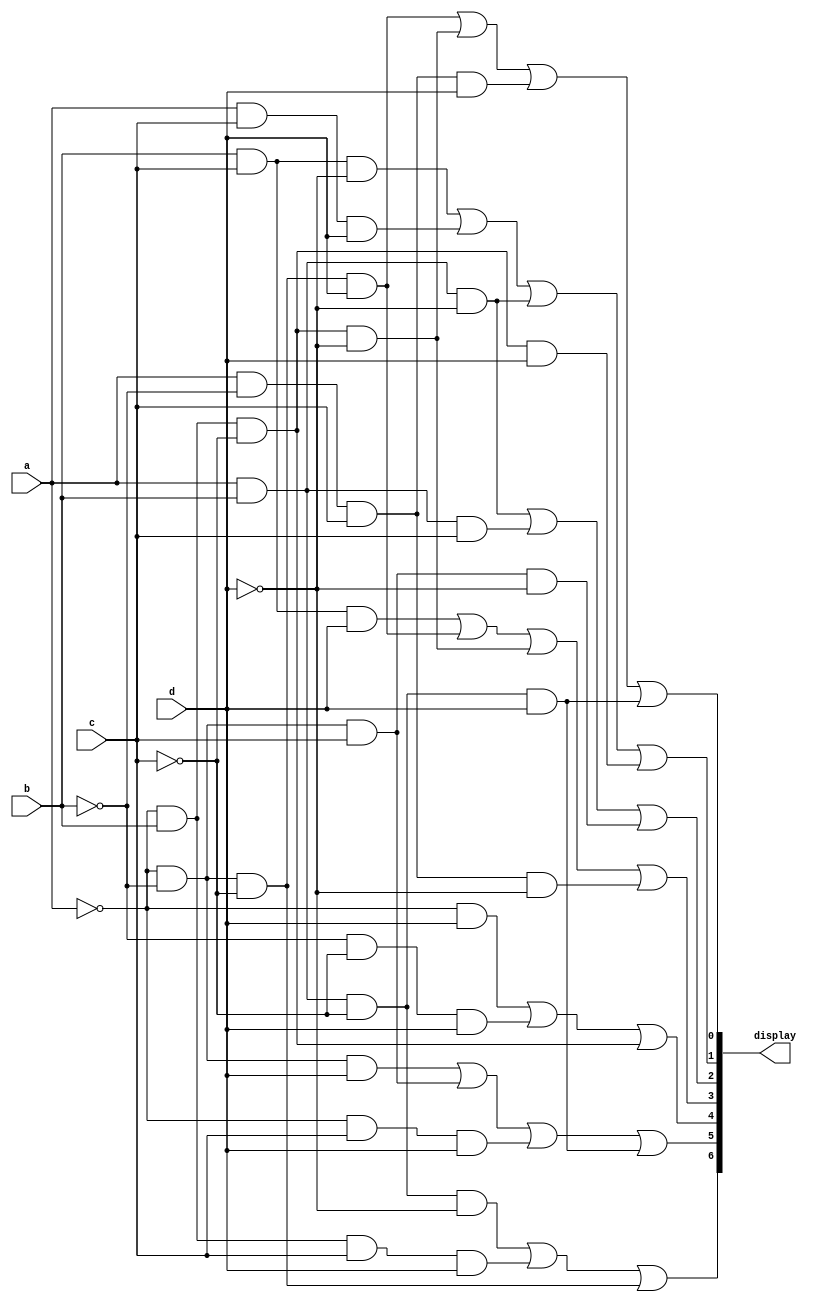
module sevenseg(display, a, b, c, d);

input a, b, c, d;
output [6:0] display;

wire nota, notb, notc, notd;
not(nota, a);
not(notb, b);
not(notc, c);
not(notd, d);

wire amid1, amid2, amid3, amid4;
and(amid1, nota, notb, notc, d);
and(amid2, nota, b, notc, notd);
and(amid3, a, notb, c, d);
and(amid4, a, b, notc, d);
or(display[0], amid1, amid2, amid3, amid4);

wire bmid1, bmid2, bmid3, bmid4;
and(bmid1, b, c, notd);
and(bmid2, a, c, d);
and(bmid3, a, b, notd);
and(bmid4, nota, b, notc, d);
or(display[1], bmid1, bmid2, bmid3, bmid4);

wire cmid1, cmid2, cmid3;
and(cmid1, a, b, notd);
and(cmid2, a, b, c);
and(cmid3, nota, notb, c, notd);
or(display[2], cmid1, cmid2, cmid3);

wire dmid1, dmid2, dmid3, dmid;
and(dmid1, b, c, d);
and(dmid2, nota, notb, notc, d);
and(dmid3, nota, b, notc, notd);
and(dmid4, a, notb, c, notd);
or(display[3], dmid1, dmid2, dmid3, dmid4);

wire emid1, emid2, emid3;
and(emid1, nota, d);
and(emid2, notb, notc, d);
and(emid3, nota, b, notc);
or(display[4], emid1, emid2, emid3);

wire fmid1, fmid2, fmid3, fmid4;
and(fmid1, nota, notb, d);
and(fmid2, nota, notb, c);
and(fmid3, nota, c, d);
and(fmid4, a, b, notc, d);
or(display[5], fmid1, fmid2, fmid3, fmid4);

wire gmid1, gmid2, gmid3;
and(gmid1, a, b, notc, notd);
and(gmid2, nota, b, c, d);
and(gmid3, nota, notb, notc);
or(display[6], gmid1, gmid2, gmid3);


endmodule